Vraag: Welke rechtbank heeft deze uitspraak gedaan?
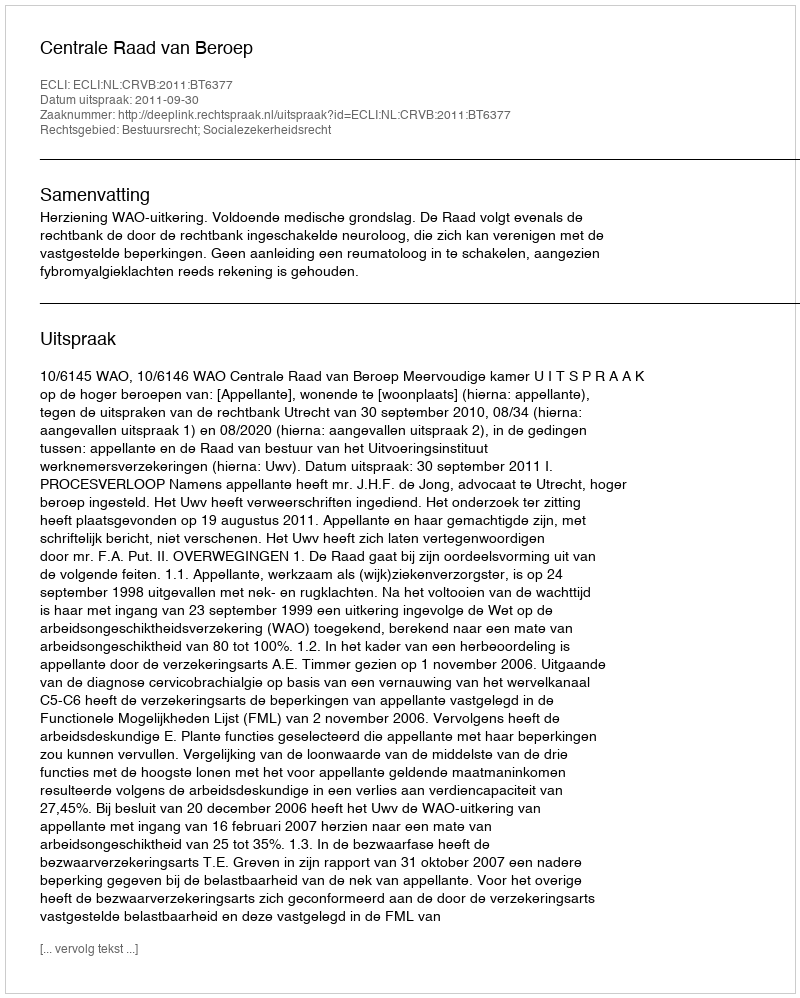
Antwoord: Centrale Raad van Beroep